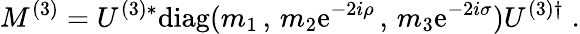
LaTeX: M^{(3)}=U^{(3)*}\mathrm{diag}(m_{1}\, ,\, m_{2}\mathrm{e}^{-2i\rho}\, ,\, m_{3}\mathrm{e}^{-2i\sigma})U^{(3)\dagger}\; .